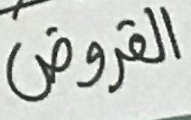
القروض